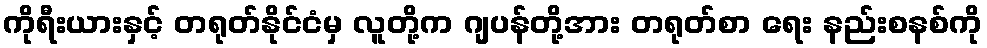
ကိုရီးယားနှင့် တရုတ်နိုင်ငံမှ လူတို့က ဂျပန်တို့အား တရုတ်စာ ရေး နည်းစနစ်ကို